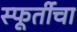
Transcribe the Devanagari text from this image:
स्फूर्तीचा